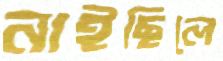
নাইছিলে